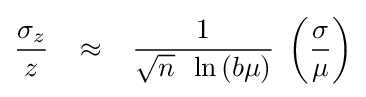
{\frac {\sigma _{z}}{z}}\,\,\,\,\,\approx \,\,\,\,\,{\frac {1}{{\sqrt {n}}\,\,\,\ln \,(b\mu )}}\,\,\left({\frac {\sigma }{\mu }}\right)